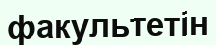
факультетін